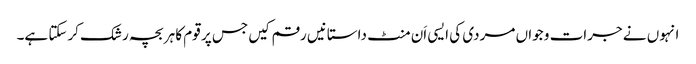
انہوں نے جرات و جواں مردی کی ایسی اَن منٹ داستانیں رقم کیں جس پر قوم کا ہر بچہ رشک کرسکتا ہے۔